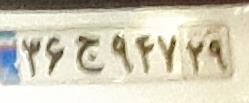
۲۶ج۹۴۷۲۹